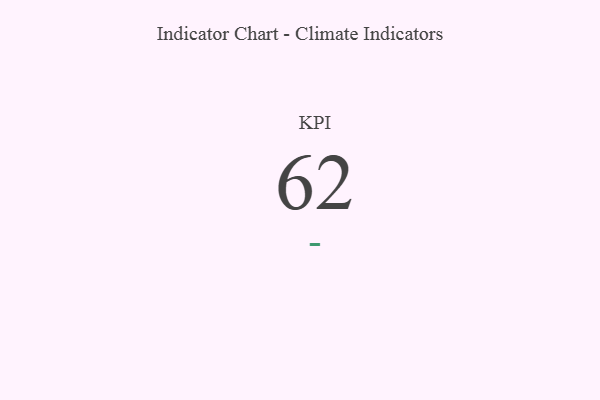
{"axis": {"x": "KPI", "y": "Value"}, "legend": [""], "data": [{"x": "KPI", "y": 62, "type": ""}]}